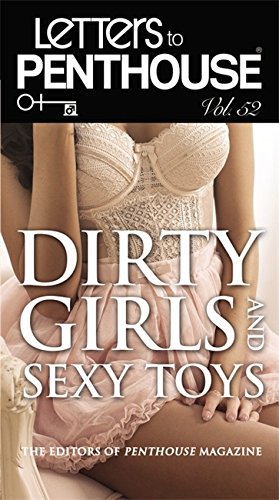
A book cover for Letters to Penthouse Vol. 52: Dirty Girls and Sexy Toys; Penthouse International; Romance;